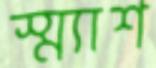
স্ম্যাশ